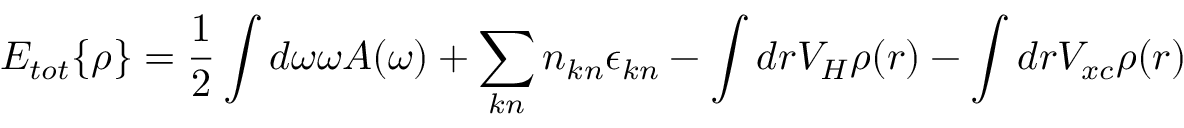
E _ { t o t } \{ \rho \} = \frac 1 2 \int d \omega \omega A ( \omega ) + \sum _ { k n } n _ { k n } \epsilon _ { k n } - \int d r V _ { H } \rho ( r ) - \int d r V _ { x c } \rho ( r )